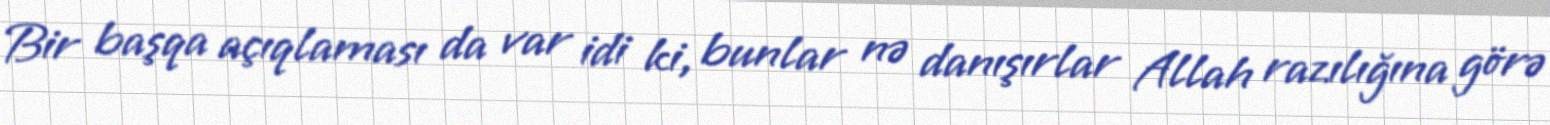
Bir başqa açıqlaması da var idi ki, bunlar nə danışırlar Allah razılığına görə